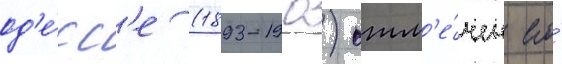
од'е́сс'е (1893-1903) отм'е́чен его́